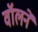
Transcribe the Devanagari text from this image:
वॉलने